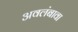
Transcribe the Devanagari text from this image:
अवलंबावा